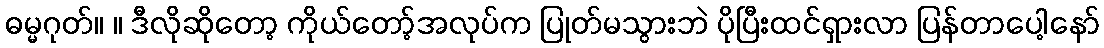
ဓမ္မဂုတ်။ ။ ဒီလိုဆိုတော့ ကိုယ်တော့်အလုပ်က ပြုတ်မသွားဘဲ ပိုပြီးထင်ရှားလာ ပြန်တာပေါ့နော်